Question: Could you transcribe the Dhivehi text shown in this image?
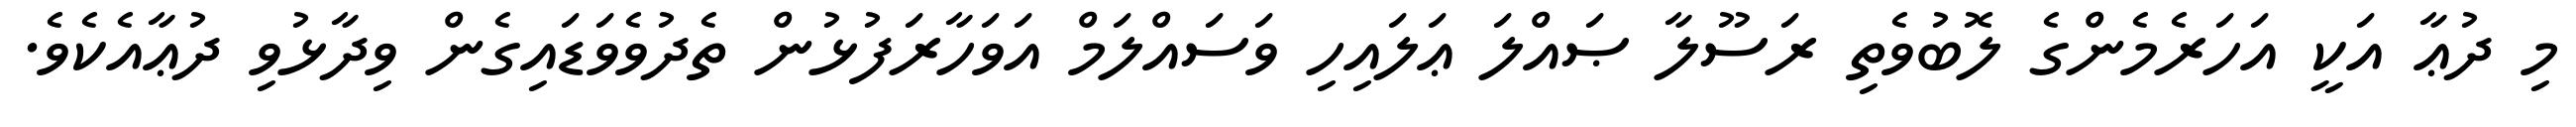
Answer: މި ދުޢާ އަކީ އަހަރެމެންގެ ލޮބުވެތި ރަސޫލާ ޞައްލަ ޢަލައިހި ވަސައްލަމް އަވަހާރަފުޅުން ތެދުވެވަޑައިގެން ވިދާޅުވި ދުޢާއެކެވެ.